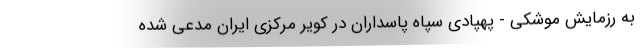
به رزمایش موشکی - پهپادی سپاه پاسداران در کویر مرکزی ایران مدعی شده